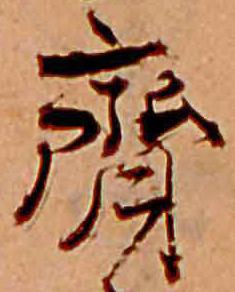
斎